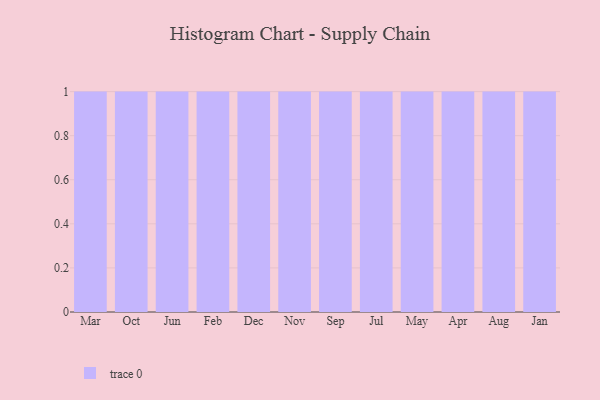
{"axis": {"x": "Month", "y": "Tickets Resolved"}, "legend": [""], "data": [{"x": "Mar", "y": 58, "type": ""}, {"x": "Oct", "y": 62, "type": ""}, {"x": "Jun", "y": 28, "type": ""}, {"x": "Feb", "y": 64, "type": ""}, {"x": "Dec", "y": 42, "type": ""}, {"x": "Nov", "y": 76, "type": ""}, {"x": "Sep", "y": 82, "type": ""}, {"x": "Jul", "y": 13, "type": ""}, {"x": "May", "y": 49, "type": ""}, {"x": "Apr", "y": 85, "type": ""}, {"x": "Aug", "y": 26, "type": ""}, {"x": "Jan", "y": 62, "type": ""}]}